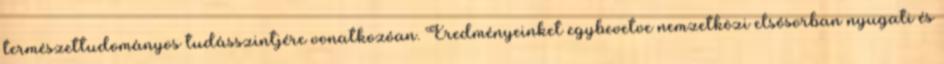
természettudományos tudásszintjére vonatkozóan. Eredményeinket egybevetve nemzetközi elsôsorban nyugati és